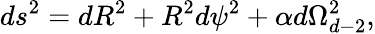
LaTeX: ds^{2}=dR^{2}+R^{2}d\psi^{2}+\alpha d\Omega_{d-2}^{2},